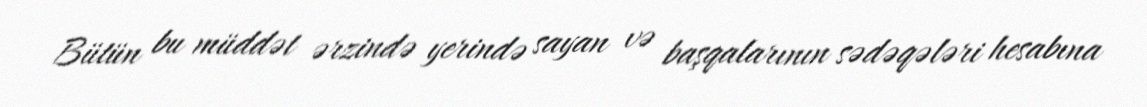
Bütün bu müddət ərzində yerində sayan və başqalarının sədəqələri hesabına